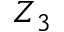
Z _ { 3 }